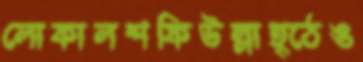
লোকালশফিউল্লাহ্ঠেঙ